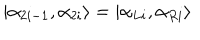
\left| \alpha _ { 2 i - 1 } , \alpha _ { 2 i } \right\rangle = \left| \alpha _ { L i } , \alpha _ { R i } \right\rangle